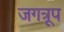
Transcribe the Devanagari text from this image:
जगत्रूप